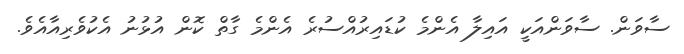
ސާވަން. ސާވަންއަކީ އައިލާ އެންމެ ކުޑައިރުއްސުރެ އެންމެ ގާތް ކޮން އުޅުނު އެކުވެރިއާއެވެ.